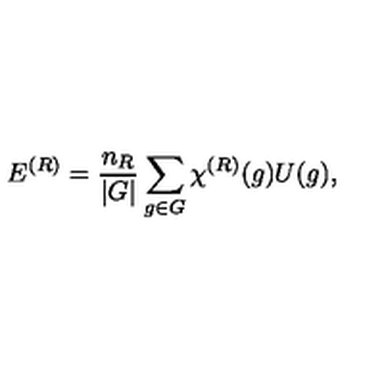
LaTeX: E ^ { ( R ) } = { \frac { n _ { R } } { | G | } } \sum _ { g \in G } \chi ^ { ( R ) } ( g ) U ( g ) ,